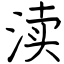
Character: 渎